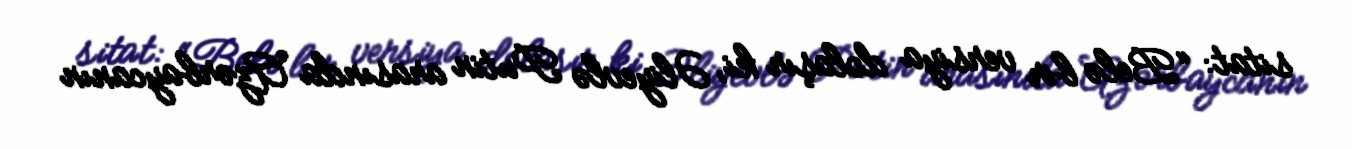
sitat: “Belə bir versiya dolaşır ki, Əliyevlə Putin arasında Azərbaycanın